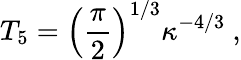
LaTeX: T_{5}=\left({\frac{\pi}{2}}\right)^{1/3}\kappa^{-4/3}\ ,